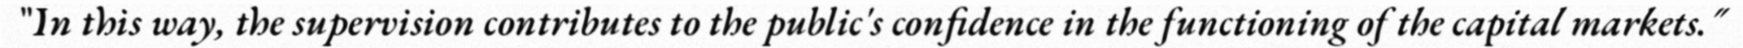
"In this way, the supervision contributes to the public's confidence in the functioning of the capital markets."